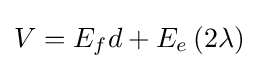
V=E_{f}d+E_{e}\left(2\lambda \right)